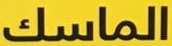
الماسك